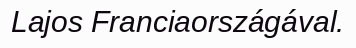
Lajos Franciaországával.